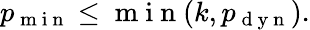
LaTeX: \begin{array}{r}{p_{\mathrm{~m~i~n~}}\leq\mathrm{~m~i~n~}(k,p_{\mathrm{~d~y~n~}}).}\end{array}